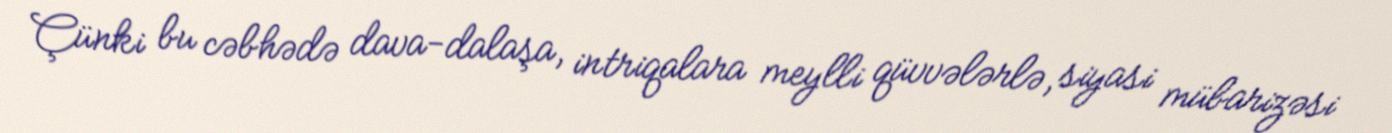
Çünki bu cəbhədə dava-dalaşa, intriqalara meylli qüvvələrlə, siyasi mübarizəsi